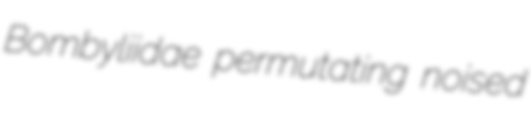
Bombyliidae permutating noised